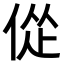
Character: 𫢴